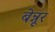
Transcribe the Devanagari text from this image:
बेन्नूर